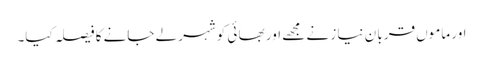
اور ماموں قربا ن نیا ز نے مجھے اور بھا ئی کوشہر لے جانے کا فیصلہ کیا۔